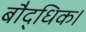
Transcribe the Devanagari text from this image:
बौद्धिक।